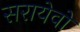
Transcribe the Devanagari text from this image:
सरायेवो